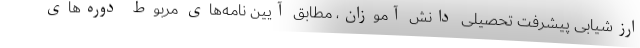
ارزشیابی پیشرفت تحصیلی دانش آموزان، مطابق آیین نامه‌های مربوط دوره‌های